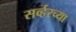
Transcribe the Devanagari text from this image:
सर्व्हरच्या